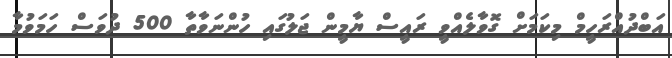
އަބްދުއްރަހީމް މިކަމަށް ގޮވާލެއްވީ ރައީސް ޔާމީން ޖަލުގައި ހުންނަވާތާ 500 ދުވަސް ހަމަވުމާ